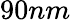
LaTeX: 90nm